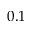
0 . 1